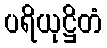
ပရိယုဋ္ဌိတံ